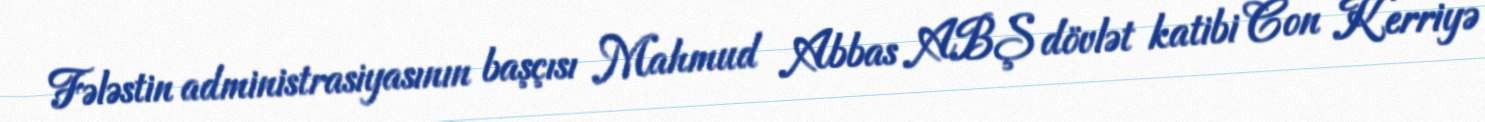
Fələstin administrasiyasının başçısı Mahmud Abbas ABŞ dövlət katibi Con Kerriyə